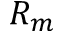
R _ { m }